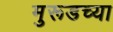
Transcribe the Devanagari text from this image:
मुरूडच्या